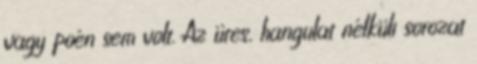
vagy poén sem volt. Az üres, hangulat nélküli sorozat